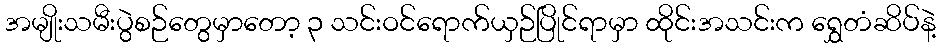
အမျိုးသမီးပွဲစဉ်တွေမှာတော့ ၃ သင်းဝင်ရောက်ယှဉ်ပြိုင်ရာမှာ ထိုင်းအသင်းက ရွှေတံဆိပ်နဲ့